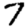
Digit: 7